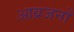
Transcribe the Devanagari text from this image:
आव्रजनों